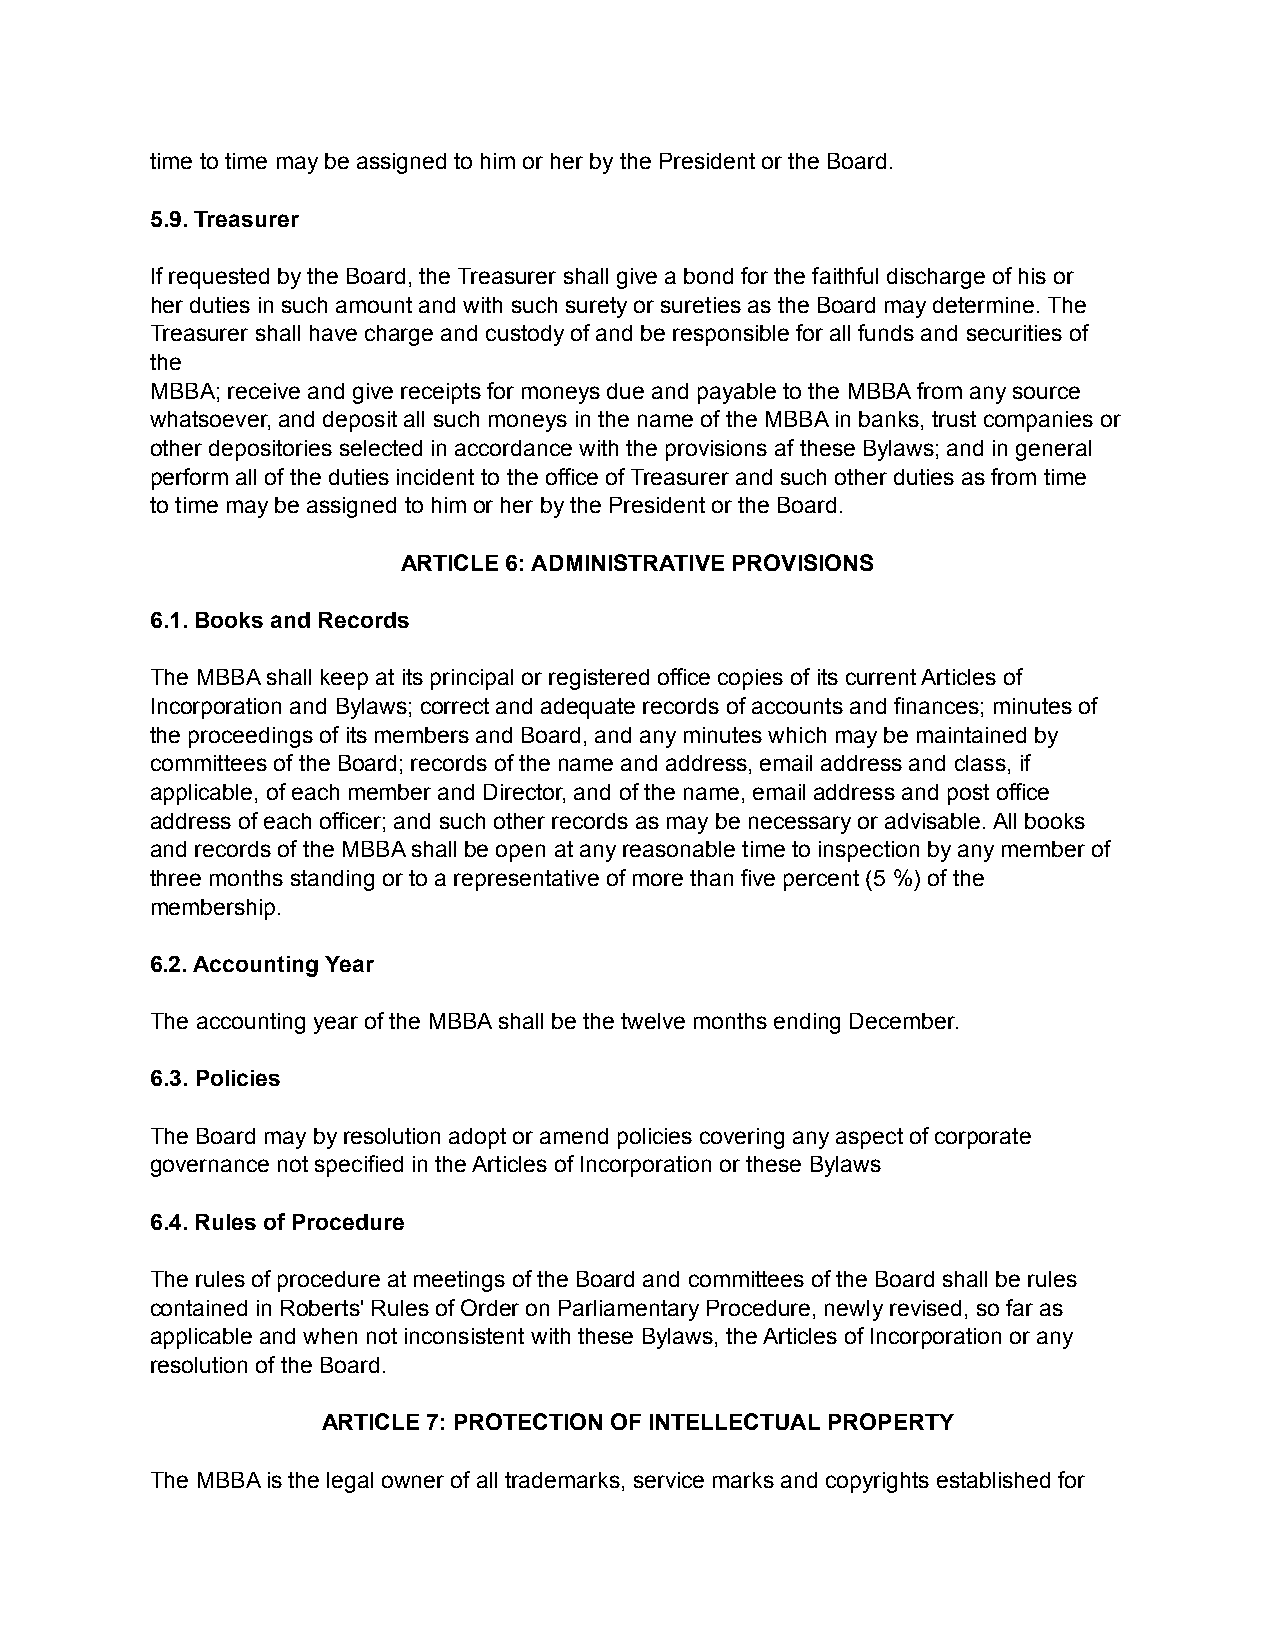
time to time may be assigned to him or her by the President or the Board.
 5.9. Treasurer
 If requested by the Board, the Treasurer shall give a bond for the faithful discharge of his or
 her duties in such amount and with such surety or sureties as the Board may determine. The
 Treasurer shall have charge and custody of and be responsible for all funds and securities of
 the
 MBBA; receive and give receipts for moneys due and payable to the MBBA from any source
 whatsoever, and deposit all such moneys in the name of the MBBA in banks, trust companies or
 other depositories selected in accordance with the provisions af these Bylaws; and in general
 perform all of the duties incident to the office of Treasurer and such other duties as from time
 to time may be assigned to him or her by the President or the Board.
 ARTICLE 6: ADMINISTRATIVE PROVISIONS
 6.1. Books and Records
 The MBBA shall keep at its principal or registered office copies of its current Articles of
 Incorporation and Bylaws; correct and adequate records of accounts and finances; minutes of
 the proceedings of its members and Board, and any minutes which may be maintained by
 committees of the Board; records of the name and address, email address and class, if
 applicable, of each member and Director, and of the name, email address and post office
 address of each officer; and such other records as may be necessary or advisable. All books
 and records of the MBBA shall be open at any reasonable time to inspection by any member of
 three months standing or to a representative of more than five percent (5 %) of the
 membership.
 6.2. Accounting Year
 The accounting year of the MBBA shall be the twelve months ending December.
 6.3. Policies
 The Board may by resolution adopt or amend policies covering any aspect of corporate
 governance not specified in the Articles of Incorporation or these Bylaws
 6.4. Rules of Procedure
 The rules of procedure at meetings of the Board and committees of the Board shall be rules
 contained in Roberts' Rules of Order on Parliamentary Procedure, newly revised, so far as
 applicable and when not inconsistent with these Bylaws, the Articles of Incorporation or any
 resolution of the Board.
 ARTICLE 7: PROTECTION OF INTELLECTUAL PROPERTY
 The MBBA is the legal owner of all trademarks, service marks and copyrights established for